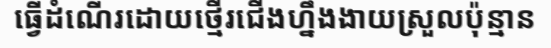
ធ្វើដំណើរដោយថ្មើរជើងហ្នឹងងាយស្រួលប៉ុន្មាន